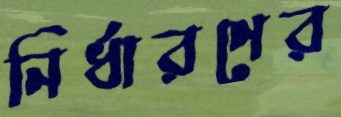
নির্ধারণের